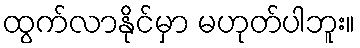
ထွက်လာနိုင်မှာ မဟုတ်ပါဘူး။